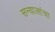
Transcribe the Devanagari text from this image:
सन्यालांचा